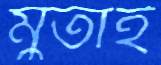
মুতাই